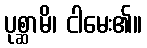
ပုစ္ဆာမိ၊ ငါမေး၏။